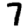
Digit: 7